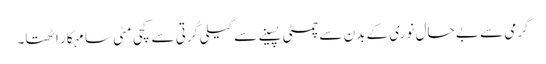
گرمی سے بے حال نوری کے بدن سے چمٹی پسینے سے گیلی کُرتی سے کچی مٹی سا مہکار اٹھتا۔